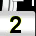
Digit: 2